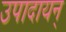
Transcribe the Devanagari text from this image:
उपादायन्